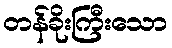
တန်ခိုးကြီးသော